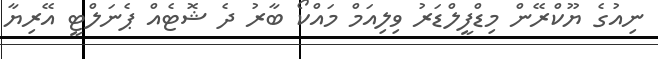
ނިއުގެ ޔޫކްރޭން މިޑްފީލްޑަރު ވިލިއަމް މައްކޯ ބާރު ދެ ޝޮޓެއް ޕެނަލްޓީ އޭރިޔާ